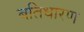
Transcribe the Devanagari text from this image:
बतिधारण